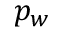
p _ { w }